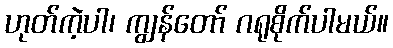
ဟုတ်ကဲ့ပါ၊ ကျွန်တော် ဂရုစိုက်ပါမယ်။